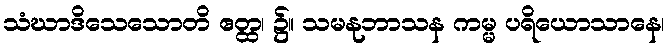
သံဃာဒိသေသောတိ ဧတ္ထ၊ ၌။ သမနုဘာသန ကမ္မ ပရိယောသာနေ၊